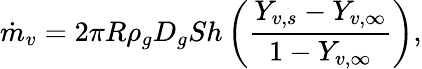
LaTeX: \dot{m}_{v}=2\pi R\rho_{g}D_{g}Sh\left(\frac{Y_{v,s}-Y_{v,\infty}}{1-Y_{v,\infty}}\right),